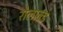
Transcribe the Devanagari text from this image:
रोलाल्ड